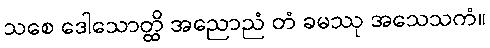
သစေ ဒေါသောတ္ထိ အညောညံ တံ ခမဿု အသေသကံ။